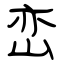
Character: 峦